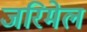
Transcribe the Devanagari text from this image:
जरिमेल